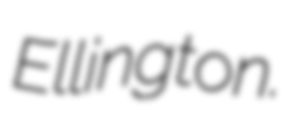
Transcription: Ellington.